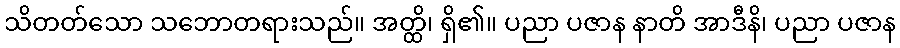
သိတတ်သော သဘောတရားသည်။ အတ္ထိ၊ ရှိ၏။ ပညာ ပဇာန နာတိ အာဒီနိ၊ ပညာ ပဇာန